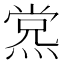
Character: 𰟊